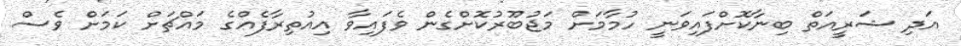
އަދި ޝަރީއަތް ބިނާކޮށްފައިވަނީ ހުމާމަށް މަޖުބޫރުކޮށްގެން ވެފައިވާ އިއުތިރާފެއްގެ މައްޗަށް ކަމަށް ވެސް